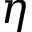
\eta